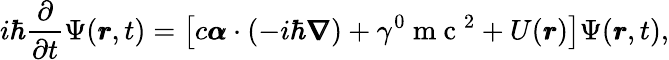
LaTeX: i\hbar\frac{\partial}{\partial t}\Psi(\pmb{r},t)=\left[c\pmb{\alpha}\cdot(-i\hbar\pmb{\nabla})+\gamma^{0}\mathrm{~m~c~}^{2}+U(\pmb{r})\right]\Psi(\pmb{r},t),